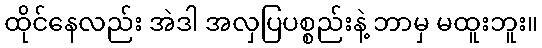
ထိုင်နေလည်း အဲဒါ အလှပြပစ္စည်းနဲ့ ဘာမှ မထူးဘူး။